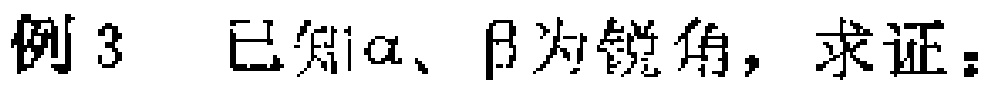
例3 已知\(\alpha、\beta\)为锐角，求证：